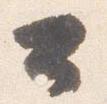
公